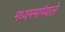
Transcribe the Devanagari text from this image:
मध्यममार्गवाले